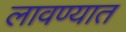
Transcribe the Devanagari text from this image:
लावण्‍यात